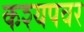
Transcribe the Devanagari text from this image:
कश्यपवर